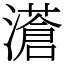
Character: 濸